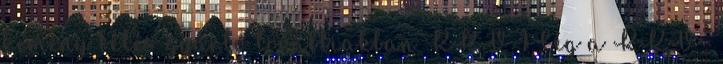
kémény bélés gyártó továbbiakban KKV 1 Cég a KKV-